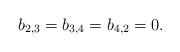
LaTeX: \begin{align*}b_{2,3}=b_{3,4}=b_{4,2}=0.\end{align*}